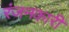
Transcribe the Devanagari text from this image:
रंजनकारी